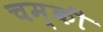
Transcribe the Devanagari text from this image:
चम्की